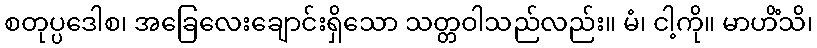
စတုပ္ပဒေါစ၊ အခြေလေးချောင်းရှိသော သတ္တဝါသည်လည်း။ မံ၊ ငါ့ကို။ မာဟိံသိ၊